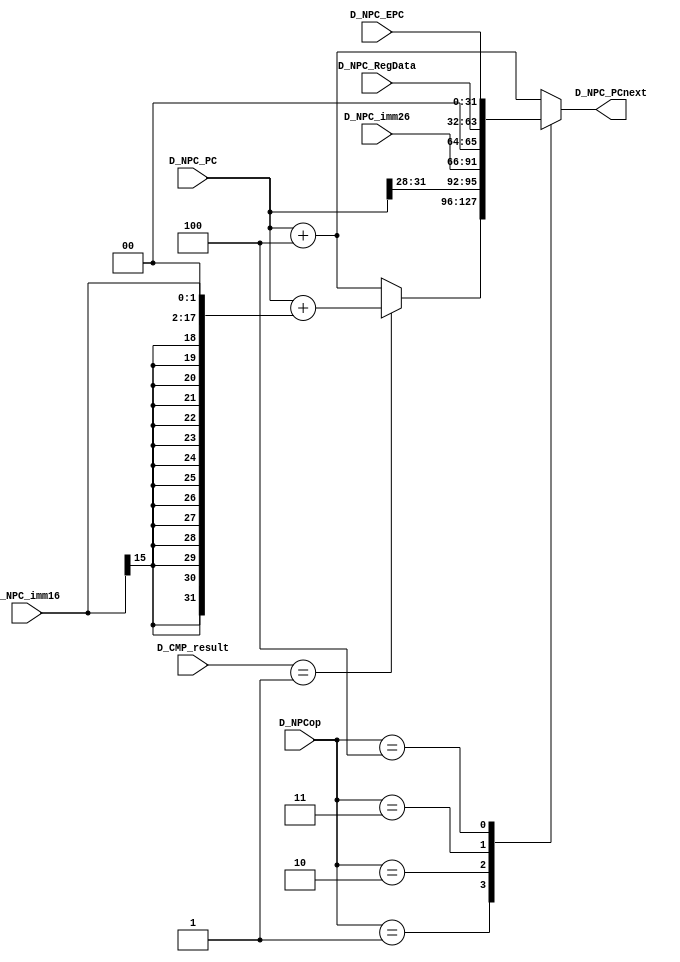
`timescale 1ns / 1ps
//////////////////////////////////////////////////////////////////////////////////
// Company: 
// Engineer: 
// 
// Design Name: 
// Module Name:    NPC 
// Project Name: 
// Target Devices: 
// Tool versions: 
// Description: 
//
// Dependencies: 
//
// Revision: 
// Revision 0.01 - File Created
// Additional Comments: 
//
//////////////////////////////////////////////////////////////////////////////////
module NPC(
    input [31:0] D_NPC_PC,
    input [3:0] D_NPCop,
    input [15:0] D_NPC_imm16,
    input [25:0] D_NPC_imm26,
    input [31:0] D_CMP_result,
    input [31:0] D_NPC_RegData,
	 input [31:0] D_NPC_EPC,
    output reg [31:0] D_NPC_PCnext
    );
	 
	 // NPC  F_PC = D_PC + 4
	 always @(*) begin
	     case(D_NPCop)
		      4'b0000: D_NPC_PCnext = D_NPC_PC + 32'd4;
				4'b0001: D_NPC_PCnext = (D_CMP_result == 32'd1) ? (D_NPC_PC + {{14{D_NPC_imm16[15]}}, D_NPC_imm16, 2'b00}) : D_NPC_PC + 32'd4;
				4'b0010: D_NPC_PCnext = {D_NPC_PC[31:28], D_NPC_imm26, 2'b00};
				4'b0011: D_NPC_PCnext = D_NPC_RegData;
				4'b0100: D_NPC_PCnext = D_NPC_EPC;
				default: D_NPC_PCnext = D_NPC_PC + 32'd4;
		  endcase
	 end

endmodule